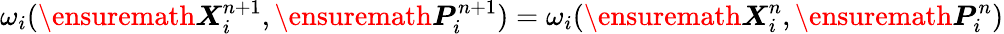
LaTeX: \omega_{i}(\ensuremath{\boldsymbol{X}}_{i}^{n+1},\ensuremath{\boldsymbol{P}}_{i}^{n+1})=\omega_{i}(\ensuremath{\boldsymbol{X}}_{i}^{n},\ensuremath{\boldsymbol{P}}_{i}^{n})